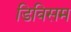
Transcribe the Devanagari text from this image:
डिविसम